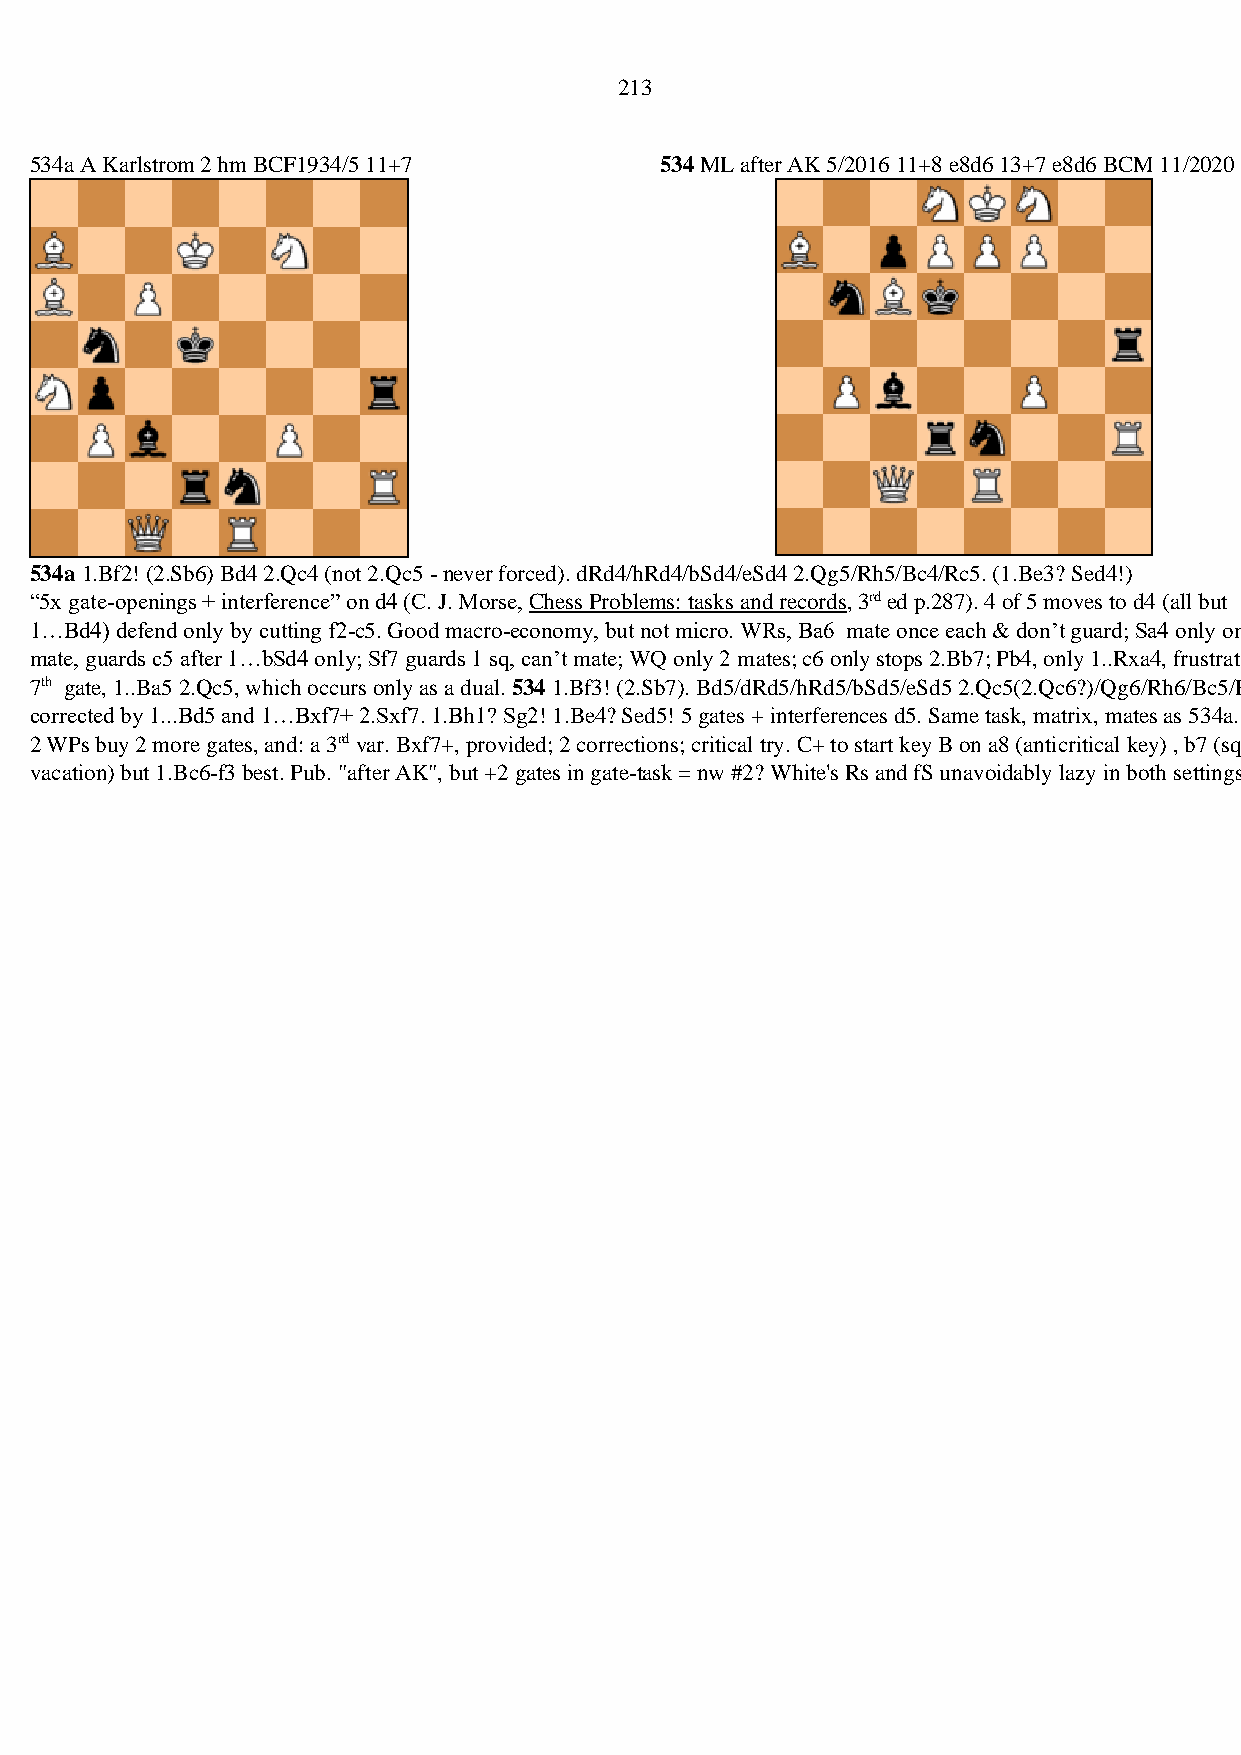
213
 534a A Karlstrom 2 hm BCF1934/5 11+7      534 ML after AK 5/2016 11+8 e8d6 13+7 e8d6 BCM 11/2020
 534a 1.Bf2! (2.Sb6) Bd4 2.Qc4 (not 2.Qc5 - never forced). dRd4/hRd4/bSd4/eSd4 2.Qg5/Rh5/Bc4/Rc5. (1.Be3? Sed4!)
 “5x gate-openings + interference” on d4 (C. J. Morse, Chess Problems: tasks and records, 3rd ed p.287). 4 of 5 moves to d4 (all but
 1…Bd4) defend only by cutting f2-c5. Good macro-economy, but not micro. WRs, Ba6 mate once each & don’t guard; Sa4 only one
 mate, guards c5 after 1…bSd4 only; Sf7 guards 1 sq, can’t mate; WQ only 2 mates; c6 only stops 2.Bb7; Pb4, only 1..Rxa4, frustrates
 7th gate, 1..Ba5 2.Qc5, which occurs only as a dual. 534 1.Bf3! (2.Sb7). Bd5/dRd5/hRd5/bSd5/eSd5 2.Qc5(2.Qc6?)/Qg6/Rh6/Bc5/Rc5. c7~/Ba6 2.Bb8/Qc6,
 corrected by 1...Bd5 and 1…Bxf7+ 2.Sxf7. 1.Bh1? Sg2! 1.Be4? Sed5! 5 gates + interferences d5. Same task, matrix, mates as 534a.
 2 WPs buy 2 more gates, and: a 3rd var. Bxf7+, provided; 2 corrections; critical try. C+ to start key B on a8 (anticritical key) , b7 (sq
 vacation) but 1.Bc6-f3 best. Pub. "after AK", but +2 gates in gate-task = nw #2? White's Rs and fS unavoidably lazy in both settings.